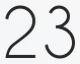
23